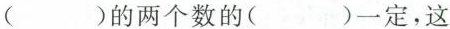
( )的两个数的( )一定，这